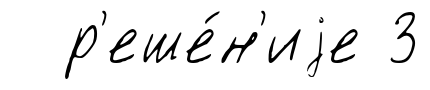
р'еше́н'иjе 3